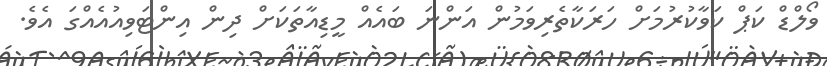
ވޯލްޑް ކަޕް ކަވާކުރުމަށް ހަރަކާތެރިވަމުން އަންނަ ބައެއް މީޑިއާތަކަށް ދިން އިންޓަވިއުއެއްގަ އެވެ.